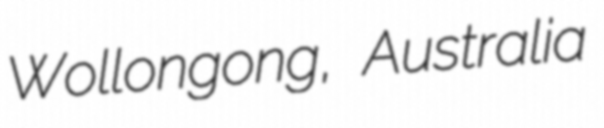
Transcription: Wollongong, Australia